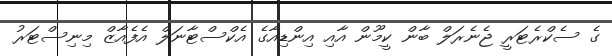
ގެ ސެކްރެޓަރީ ޖެނެރަލް ބާން ކީމޫން އާއި އިންޑިއާގެ އެކްސްޓާނަލް އެފެއާޒް މިނިސްޓަރު